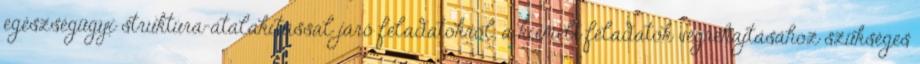
egészségügyi struktúra-átalakítással járó feladatokról, a kiemelt feladatok végrehajtásához szükséges